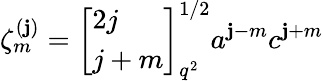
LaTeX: \zeta_{m}^{(\mathbf{j})}=\left[\begin{array}{l}{{2j}}\\ {{j+m}}\end{array}\right]_{q^{2}}^{1/2}a^{\mathbf{j}-m}c^{\mathbf{j}+m}